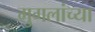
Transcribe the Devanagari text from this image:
मुगलांच्या